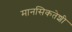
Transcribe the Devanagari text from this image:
मानसिकतेशी